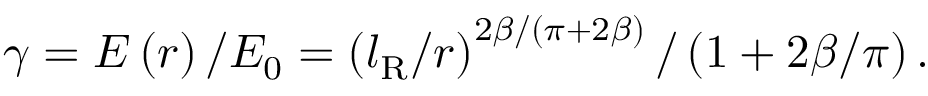
\gamma = E \left( r \right) / E _ { 0 } = \left( l _ { \mathrm { R } } / r \right) ^ { 2 \beta / \left( \pi + 2 \beta \right) } / \left( 1 + 2 \beta / \pi \right) .